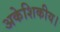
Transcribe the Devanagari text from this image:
अकेशिकीय।